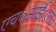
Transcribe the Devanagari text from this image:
एच०आई०एल०